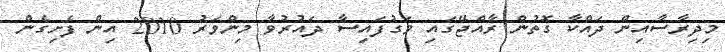
މިދިރާސާއިން ދައްކާ ގޮތުން ރާއްޖޭގައި ވަގުފައިސާ ދައުރުވާ މިންވަރު 2010 އިން ފެށިގެން